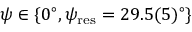
\psi \in \{ 0 ^ { \circ } , \psi _ { \mathrm { r e s } } = 2 9 . 5 ( 5 ) ^ { \circ } \}